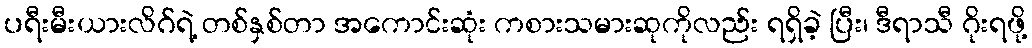
ပရီးမီးယားလိဂ်ရဲ့ တစ်နှစ်တာ အကောင်းဆုံး ကစားသမားဆုကိုလည်း ရရှိခဲ့ ပြီး၊ ဒီရာသီ ဂိုးရဖို့